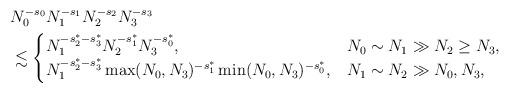
LaTeX: \begin{align*}& N_0^{-s_0} N_1^{-s_1} N_2^{-s_2} N_3^{-s_3} \\& \lesssim\begin{cases}N_1^{-s_2^{\ast}-s_3^{\ast}} N_2^{-s_1^{\ast}} N_3^{-s_0^{\ast}}, & N_0 \sim N_1 \gg N_2 \ge N_3, \\ N_1^{-s_2^{\ast}-s_3^{\ast}} \max (N_0, N_3)^{-s_1^{\ast}} \min (N_0,N_3)^{-s_0^{\ast}}, & N_1 \sim N_2 \gg N_0, N_3,\end{cases}\end{align*}